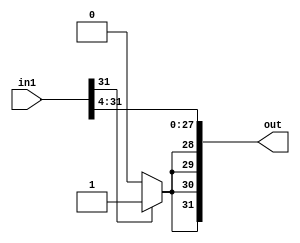
module bit4_SRA(in1, out);

input [31:0] in1;
output [31:0] out;

genvar c;
   generate
	for(c=0; c<=27;c=c+1) begin: loop1
	
	assign out[c] = in1[c+4];
	
	end
	endgenerate

assign out[28] = in1[31] ? 1'b1 : 1'b0;

assign out[29] = out[28];
assign out[30] = out[28];
assign out[31] = out[28];
endmodule